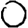
Digit: 0